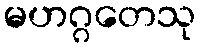
မဟဂ္ဂတေသု